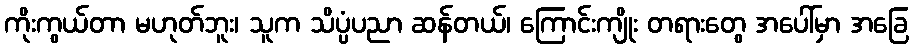
ကိုးကွယ်တာ မဟုတ်ဘူး၊ သူက သိပ္ပံပညာ ဆန်တယ်၊ ကြောင်းကျိုး တရားတွေ အပေါ်မှာ အခြေ